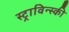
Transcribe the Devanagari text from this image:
स्ट्राविन्स्की